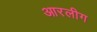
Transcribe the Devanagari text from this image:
आरलीग